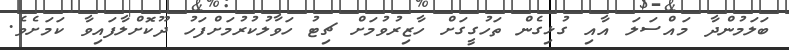
ބަލަމުންދާ މައްސަލަ އާއި ގުޅިގެން ތަހުގީގަށް ހާޒިރުވުމަށް ޗިޓު ހަވާލުކުރުމަށްފަހު ދޫކޮށްލާފައިވާ ކަމަށެވެ.